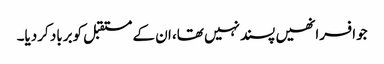
جوافسرانھیں پسندنہیں تھا، ان کے مستقبل کوبرباد کردیا۔